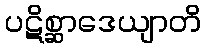
ပဋိစ္ဆာဒေယျာတိ